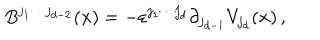
B ^ { j _ { 1 } \cdots j _ { d - 2 } } ( \textbf { x } ) = - \varepsilon ^ { j _ { 1 } \cdots j _ { d } } \partial _ { j _ { d - 1 } } V _ { j _ { d } } ( \textbf { x } ) \, ,